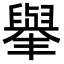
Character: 𦦙